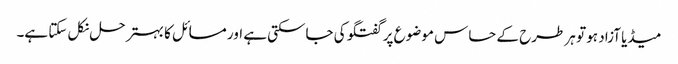
میڈیا آزاد ہو تو ہر طرح کے حساس موضوع پر گفتگو کی جاسکتی ہے اور مسائل کا بہتر حل نکل سکتا ہے۔